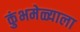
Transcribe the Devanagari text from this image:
कुंभमेळ्याला